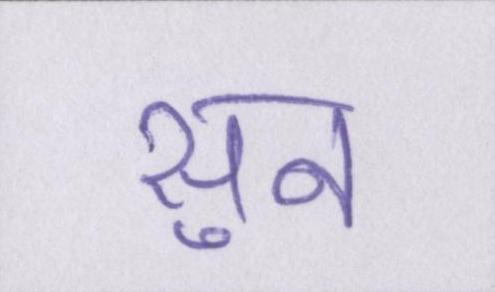
सुन